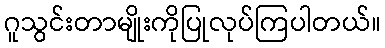
ဂူသွင်းတာမျိုးကိုပြုလုပ်ကြပါတယ်။